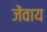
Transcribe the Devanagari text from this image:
जेंवाय